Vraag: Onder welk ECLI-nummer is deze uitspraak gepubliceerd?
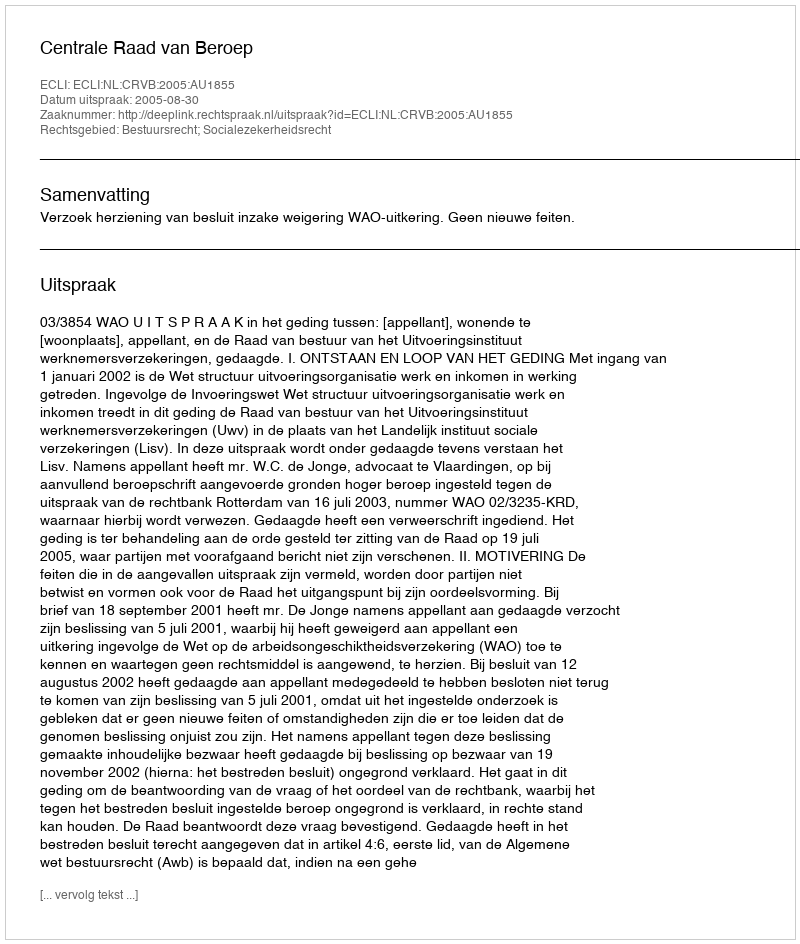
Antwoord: ECLI:NL:CRVB:2005:AU1855